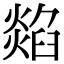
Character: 𤏭